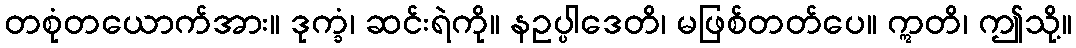
တစုံတယောက်အား။ ဒုက္ခံ၊ ဆင်းရဲကို။ နဥပ္ပါဒေတိ၊ မဖြစ်တတ်ပေ။ ဣတိ၊ ဤသို့။